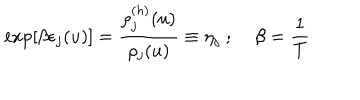
\exp \left[ \beta \epsilon _ { j } ( u ) \right] = \frac { \rho _ { j } ^ { ( h ) } ( u ) } { \rho _ { j } ( u ) } \equiv \eta _ { j } \; ; \; \beta = \frac { 1 } { T }